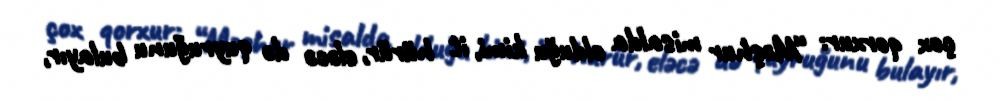
çox qorxur: “Məşhur misalda olduğu kimi, it hürür, eləcə də quyruğunu bulayır,